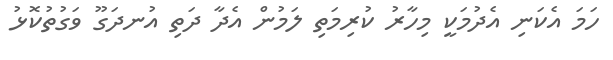
ހަމަ އެކަނި އެދުމަކީ މިހާރު ކުރިމަތި ލަމުން އެދާ ދަތި އުނދަގޫ ވަގުތުކޮޅު